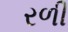
રળી